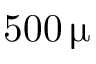
5 0 0 \, \upmu